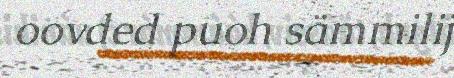
oovded puoh sämmilij